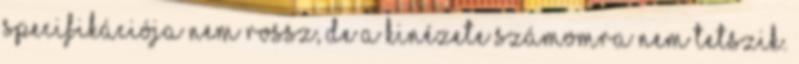
specifikációja nem rossz, de a kinézete számomra nem tetszik.